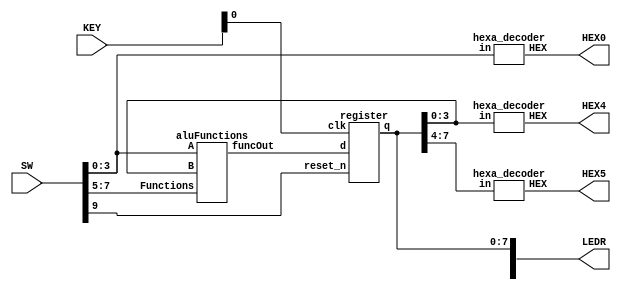
module lab4part2(SW, LEDR,KEY, HEX0, HEX4, HEX5);
	input [9:0] SW;
	input [3:0] KEY;
	output [9:0] LEDR;
	output [6:0] HEX0, HEX4, HEX5;
	wire [7:0] out;
	wire [7:0] regOut;

	aluFunctions f(SW[3:0], regOut[3:0], SW[7:5], out[7:0]);

	assign LEDR[7:0] = regOut[7:0];

	register r(out[7:0], KEY[0], SW[9], regOut[7:0]);

	hexa_decoder h0(SW[3:0], HEX0[6:0]); // display value of A
	hexa_decoder h4(regOut[3:0], HEX4[6:0]);
	hexa_decoder h5(regOut[7:4], HEX5[6:0]);

endmodule

module register(d, clk, reset_n, q);
	input [7:0] d;
	input clk, reset_n;
	output [7:0] q;
	reg [7:0] q;
	always @(posedge clk)
		begin
			if (reset_n == 1'b0)
				q <= 8'b00000000;
			else
				q <= d;
		end
endmodule


module aluFunctions(A, B, Functions, funcOut);
	input [3:0] A;
	input [3:0] B;
	input [2:0] Functions;
	output [7:0] funcOut;
	wire [4:0] f0res, f1res;
	reg [7:0] funcOut;

	// case for A+1
	fourRippleCarryAdder f0 (A[3:0], 4'b0000, 1'b1, f0res[3:0], f0res[4]);


	// case for A+B
	fourRippleCarryAdder f1 (A[3:0], B[3:0], 1'b0, f1res[3:0], f1res[4]);


	always @(*)
	begin
		case (Functions)
			3'b111: funcOut = {3'b000, f0res[4:0]};
			3'b110: funcOut = {3'b000, f1res[4:0]};
			3'b101: funcOut = A + B;
			3'b100: funcOut = {A^B, A|B};
			3'b011: funcOut = | {A, B};
			3'b010: funcOut = {4'b0000, B << A};
			3'b001: funcOut = {4'b0000, B >> A};
			3'b000: funcOut = A * B;
			default: funcOut = 8'b00000000;
		endcase
	end
endmodule

module hexa_decoder(in,HEX);
	input [3:0] in;
	output [6:0] HEX;
	
	helper h0(
		.a(in[3]),
		.b(in[2]),
		.c(in[1]),
		.d(in[0]),
		.HEX0(HEX[0]),
		.HEX1(HEX[1]),
		.HEX2(HEX[2]),
		.HEX3(HEX[3]),
		.HEX4(HEX[4]),
		.HEX5(HEX[5]),
		.HEX6(HEX[6])
	);
endmodule


module helper(a,b,c,d,HEX0,HEX1,HEX2,HEX3,HEX4,HEX5,HEX6);
	input a;
	input b;
	input c;
	input d;
	output HEX0;
	output HEX1;
	output HEX2;
	output HEX3;
	output HEX4;
	output HEX5;
	output HEX6;

	assign HEX0 = ~a&~b&~c&d|~a&b&~c&~d|a&b&~c&d|a&~b&c&d;
	assign HEX1 = ~a&b&~c&d|a&c&d|b&c&~d|a&b&~d;
	assign HEX2 = a&b&~d|a&b&c|~a&~b&c&~d;
	assign HEX3 = ~a&~b&~c&d|~a&b&~c&~d|b&c&d|a&~b&c&~d;
	assign HEX4 = ~a&d|~b&~c&d|~a&b&~c;
	assign HEX5 = ~a&~b&d|~a&c&d|a&b&~c&d|~a&~b&c;
	assign HEX6 = ~a&~b&~c|a&b&~c&~d|~a&b&c&d;

endmodule

 
module fourRippleCarryAdder(A,B,cin, S, cout);
	input [3:0] A;
	input [3:0] B;
	input cin;
	output [3:0] S;
	output cout;

	wire c1, c2, c3;

	fulladder FA1(A[0],B[0],cin, c1, S[0]);
	fulladder FA2(A[1],B[1],c1, c2, S[1]);
	fulladder FA3(A[2],B[2],c2, c3, S[2]);
	fulladder FA4(A[3],B[3],c3, cout,S[3]);

endmodule


module fulladder(a,b,ci,co,s);
	input a,b,ci;
	output co; // this is for carry
	output s; // this is for output

	assign co = (a&b)|(a&ci)|(b&ci)|(a&b&ci);
	assign s = a^b^ci;
endmodule